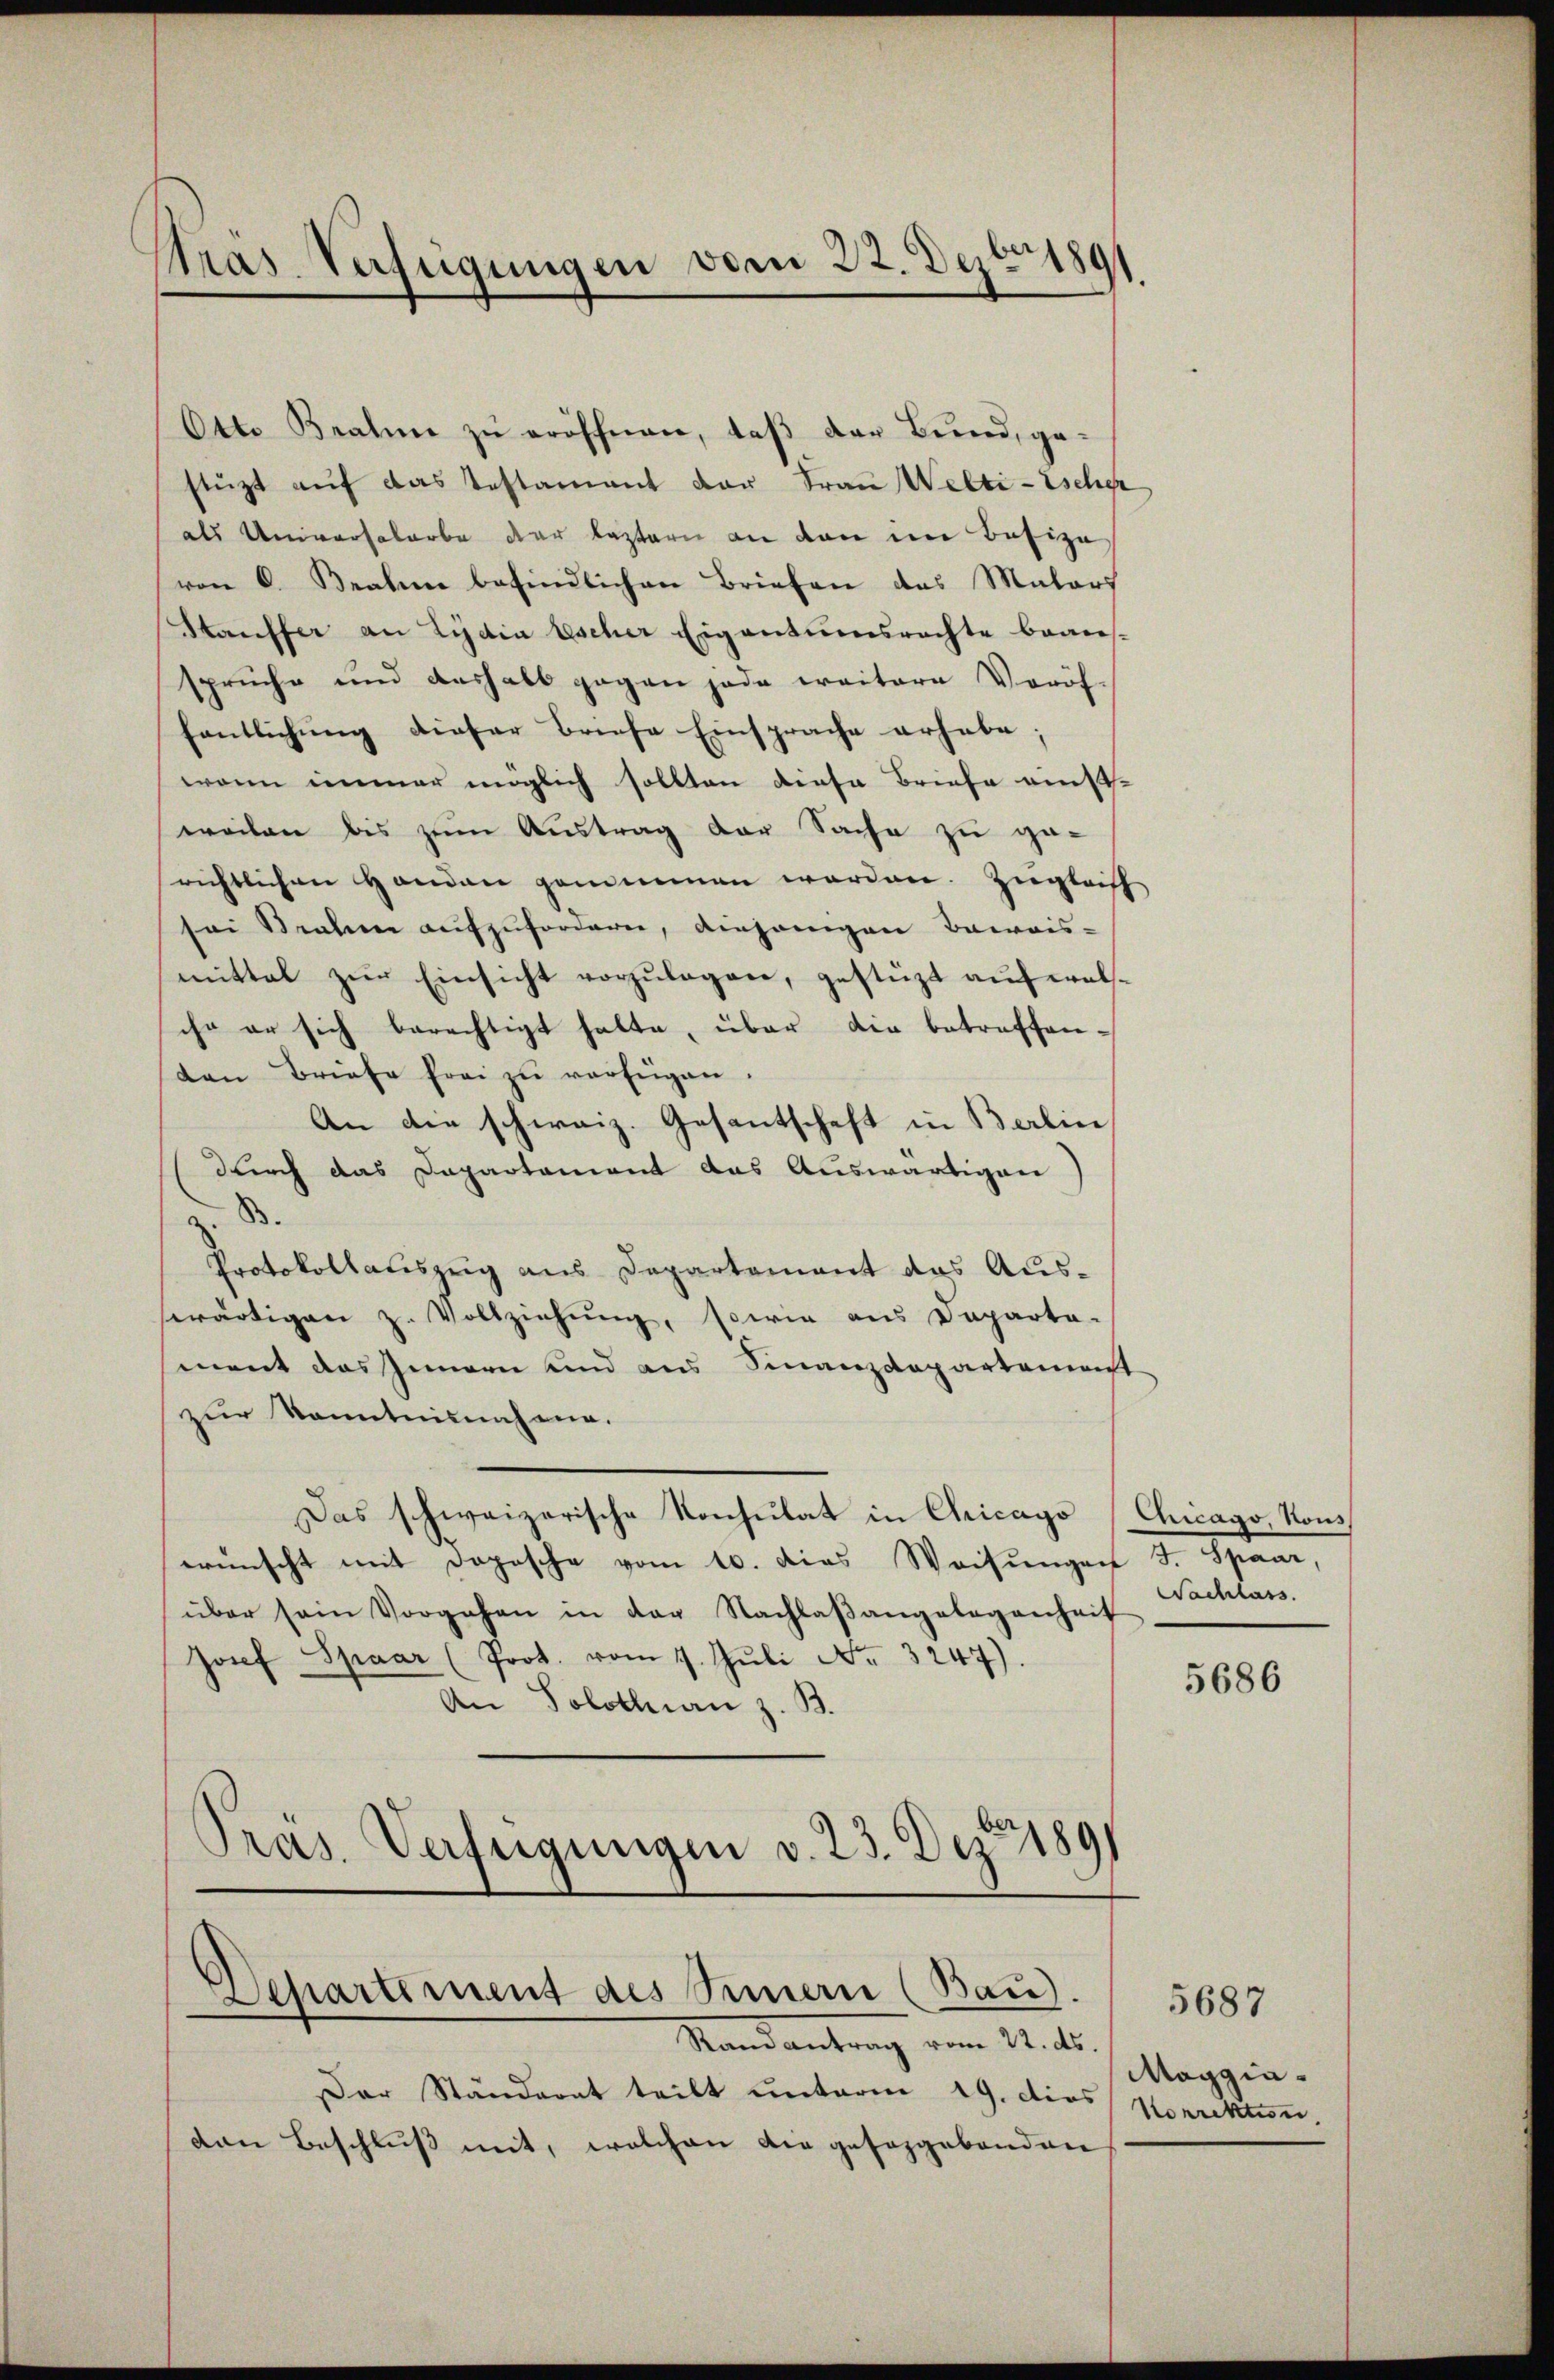
Pras Verfügungen vom 22. Dezbr 1891

Otto Bralen zu eröffnen, daß der Bund, gestüzt aŭf das Testament der Frau Welti-Escher
als Universalarbe der Lastern an den im Besize
von 6. Brahme befindlichen Briefen des Malors
Stauffer an Lydia Escher Eigentumsrechte baaressprüche und deshalb gegen jede weitere Voröf-
fentlichung dieser Briefe Einsprache erhabe;
wann immer möglich sollten diese Briefe einstweilen bis zum Austrag der Sache zu ge-
richtlichen Handen genommen worden. Zugleich
sei Strahen aufzufordern, diejenigen Beweis-
mittel zŭr Einsicht vorzŭlegen, gestüzt auf welche er sich berechtigt halte, über die betreffenten Briefe frei zŭ verfügen.
An die schweiz. Gesantschaft in Berlin,
durch das Dapartament das Auswärtigen
Protokollauszug aus Departement das Auswärtigen z. Vollziehung, sowie aus Departa-
ment das Innern und aus Finanzdepartement
zur Kenntnisnahme.
Das schweizerische Konsulat in Chicago (Chicago, Non
wünscht mit Dopische vom 10. Das Weisungen J. Spaar,
über sein Vorgehen in der Nachlaβangelegenheit
Josef Spaar (Prot. vom 1. Jŭli No 3247).
An Solothurn z. B.
Pras. Verfügungen v. 23. Dez. 1891

Mandantung vom 14. ds.
Der Ständerat teilt unterm 19. dies
den Beschluß mit, welchen die geseggebenden

Departement des Sennern (Bau).

Wachlass.

5686

Maggia¬
Korrektion,

5687